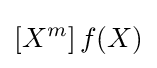
\left[X^{m}\right]f(X)